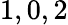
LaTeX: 1,0,2